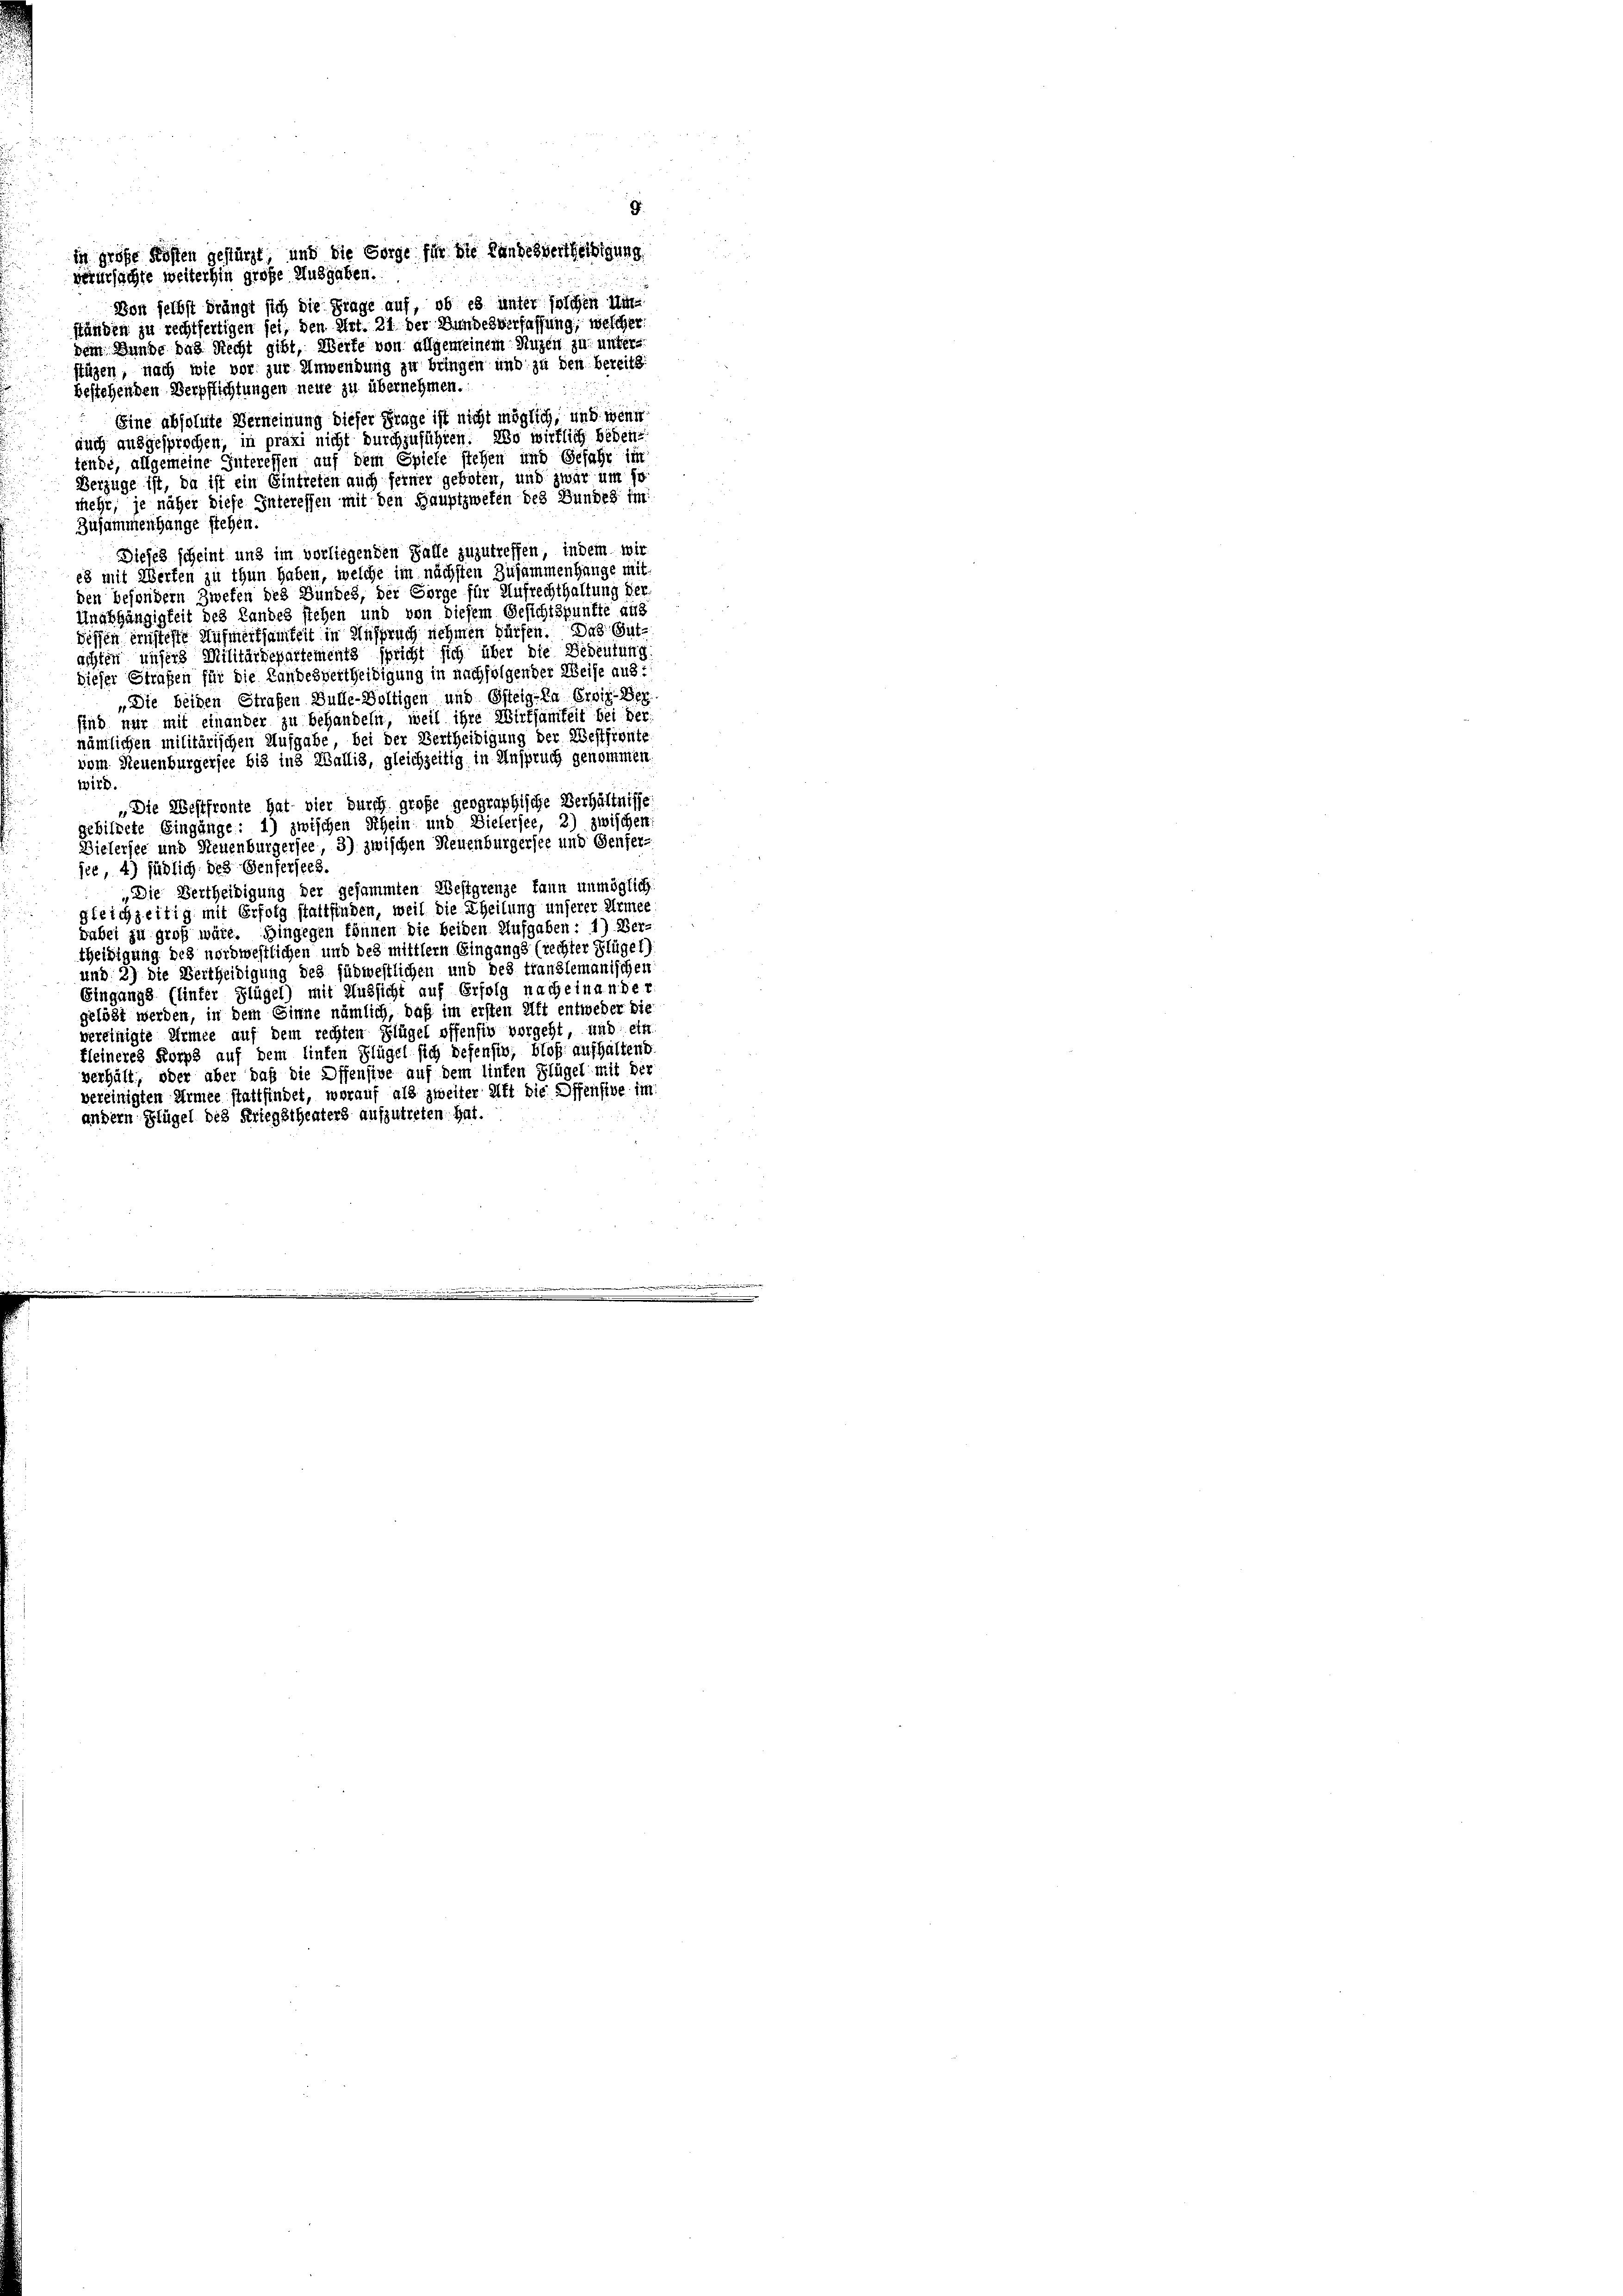
in große Kosten gestürzt, und die Sorge für die Landesvertheiligung
verursachte weiterhin große Ausgaben.
Von selbst drängt sich die Frage auf, ob es unter solchen Umständen zu rechtfertigen sei, den Art. 21. der Bundesverfassung, welcher

dem Bunde das Recht gibt, Werte von allgemeinem Nuzen zu unters
stüzen, nach wie vor zur Anwendung zu bringen und zu den bereits
bestehenden Verpflichtungen neue zu übernehmen.
Eine absolute Verneinung dieser Frage ist nicht möglich, und wenn
auch ausgesprochen, in praxi nicht durchzuführen. Wo wirklich bedentende, allgemeine Interessen auf dem Spiele stehen und Gefahr im
Verzüge ist, da ist ein Eintreten auch ferner geboten, und zwar um so
mehr, je näher diese Interessen mit den Hauptzweten des Bundes im
Zusammenhange stehen.
Dieses scheint und im vorliegenden Falle zuzutreffen, indem wir
es mit Werten zu thun haben, welche im nächsten Zusammenhange mit
den besondern Zwefen des Bundes, der Sorge für Aufrechthaltung der
Ungehängigkeit des Landes stehen und von diesem Gesichtspunkte aus
dessen ernsteste Aufmerksamkeit in Anspruch nehmen dürfen. Das Gutachten unsers Militärdepartements spricht sich über die Bedeutung
dieser Strafen für die Landesvertheiligung in nachfolgender Weise aus:
„Die beiden Strafen Bulle-Voltigen und Osteig-Da Erwie-Ber
sind nur mit einander zu behandeln, weil ihre Wirksamkeit bei der
nämlichen militärischen Aufgabe, bei der Vertheidigung der Westfront,
vom Neuenburgersee bis ins Wallis, gleichzeitig in Anspruch genommen
wird.
„Die Westfronte hat vier durch große geographische Verhältnisse:
gebitrete Eingänge: 1) zwischen Rhein und Dielersee, 2) zwischen
Dielersee und Neuenburgersee, 3) zwischen Neuenburgersee und Genfer-
jer, 4) südlich des Senfersees.
„Die Vertheidigung der gesammten Westgrenze kann unmöglich
gleichzeitig mit Erfolg stattfinden, weil die Theilung unserer Armee
dabei zu groß wäre. Hingegen können die beiden Aufgaben: 1) Ber-
theidigung des nordwestlichen und des mittlern Eingangs (rechter Flüge 1)
und 2) die Vertheidigung des füdwestlichen und des trandlemanischen
Eingangs (linter Flügel) mit Aussicht auf Erfolg nacheinander
gelöst werden, in dem Einne nämlich, daß im ersten Aft entweder die
vereinigte Armee auf dem rechten Flügel offensiv vorgeht, und ein
kleineres Korps auf dem linten Flügel sich defensiv, bloß aufhaltend
verhält, oder aber daß die Offensive auf dem linten Flügel mit der
vereinigten Armee stattfindet, worauf als zweiter Art die Offensive im
andern Flügel des Kriegstheaters aufzutreten hat.

9.